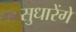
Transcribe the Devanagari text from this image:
सुधारेंगे